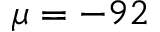
\mu = - 9 2